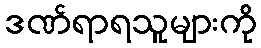
ဒဏ်ရာရသူများကို